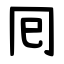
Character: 囘